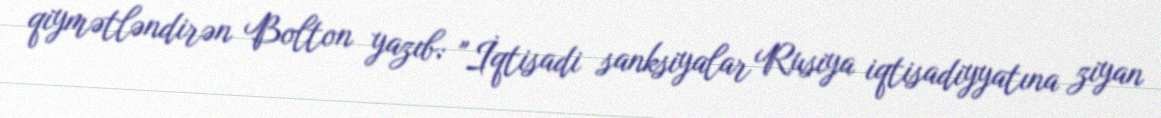
qiymətləndirən Bolton yazıb: "İqtisadi sanksiyalar Rusiya iqtisadiyyatına ziyan